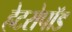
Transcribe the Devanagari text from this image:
हेटरोपॉड